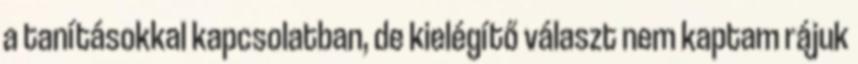
a tanításokkal kapcsolatban, de kielégítő választ nem kaptam rájuk